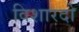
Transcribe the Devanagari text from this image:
विशारदो